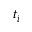
t _ { i }